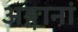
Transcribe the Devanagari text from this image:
अङ्गानां